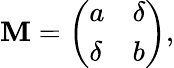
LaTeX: \mathbf{M}=\left(\begin{array}{ll}{{a}}&{{\delta}}\\ {{\delta}}&{{b}}\end{array}\right),